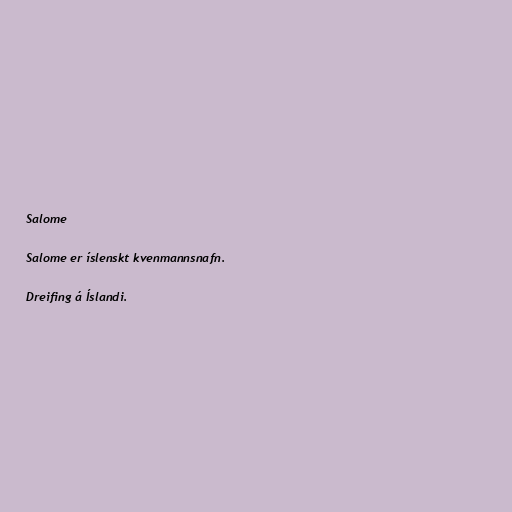
Salome

Salome er íslenskt kvenmannsnafn.

Dreifing á Íslandi.